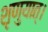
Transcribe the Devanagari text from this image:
शृणुयात्।